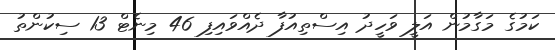
ކަމުގެ މަގާމުން އަލީ ވަހީދު އިސްތިއުފާ ދެއްވައިފި 46 މިނެޓް 13 ސިކުންތު